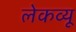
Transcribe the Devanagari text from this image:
लेकव्यू